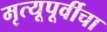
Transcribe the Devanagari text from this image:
मृत्यूपूर्वीचा